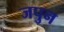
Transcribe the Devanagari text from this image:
जपुन